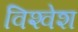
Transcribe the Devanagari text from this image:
विश्‍वेश